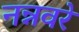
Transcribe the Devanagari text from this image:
नन्नवरे